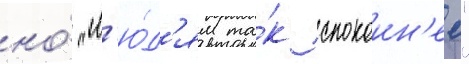
но́ "л'ю́д'ям та́к спокоин'ее"